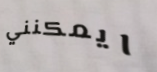
ايمكنني